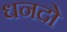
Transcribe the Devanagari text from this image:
धनदो